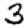
Digit: 3